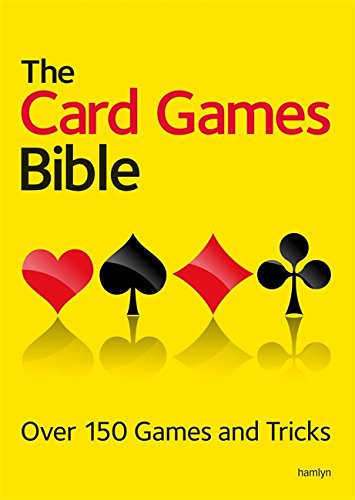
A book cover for The Card Games Bible: Over 150 Games and Tricks; Hamlyn; Humor & Entertainment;